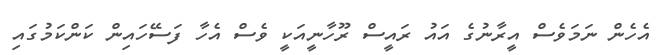
އެހެން ނަމަވެސް އީރާނުގެ އައު ރައީސް ރޫހާނީއަކީ ވެސް އެހާ ފަސޭހައިން ކަންކަމުގައި